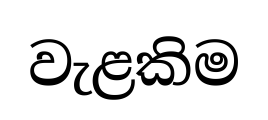
වැළකිම